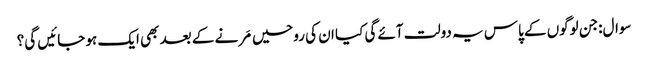
سوال:جن لوگوں کے پاس یہ دولت آئے گی کیا ان کی روحیں مَرنے کے بعد بھی ایک ہو جائیں گی؟